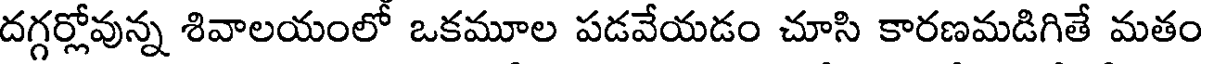
దగ్గర్లోవున్న శివాలయంలో ఒకమూల పడవేయడం చూసి కారణమడిగితే మతం